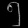
Digit: ၅